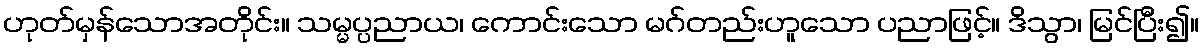
ဟုတ်မှန်သောအတိုင်း။ သမ္မပ္ပညာယ၊ ကောင်းသော မဂ်တည်းဟူသော ပညာဖြင့်။ ဒိသွာ၊ မြင်ပြီး၍။